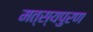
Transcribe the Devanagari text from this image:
मत्स्यपुरण